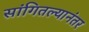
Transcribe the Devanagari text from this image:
सांगितल्यानंतर